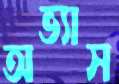
অভ্যাস